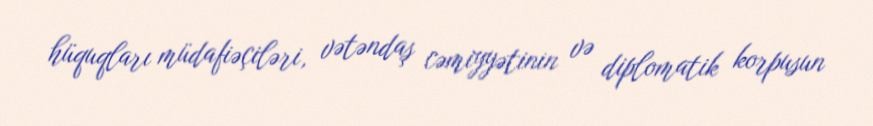
hüquqları müdafiəçiləri, vətəndaş cəmiyyətinin və diplomatik korpusun